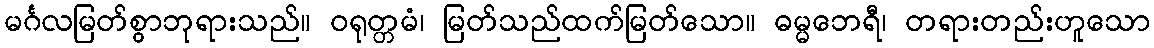
မင်္ဂလမြတ်စွာဘုရားသည်။ ဝရုတ္တမံ၊ မြတ်သည်ထက်မြတ်သော။ ဓမ္မဘေရီ၊ တရားတည်းဟူသော